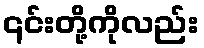
၎င်းတို့ကိုလည်း